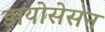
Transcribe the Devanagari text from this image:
डायोसेसन